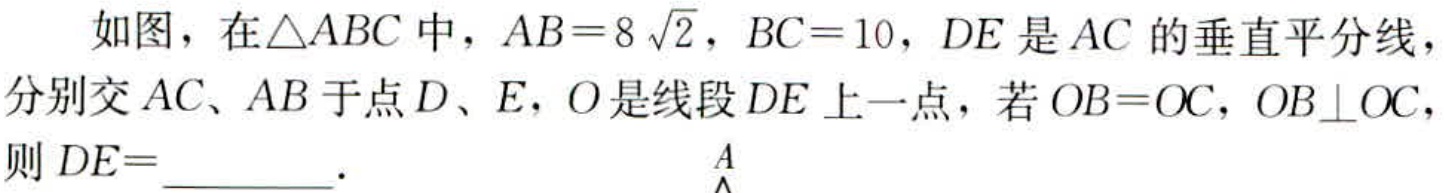
如图，在\(\triangle ABC\)中，\(AB = 8\sqrt{2}\)，\(BC = 10\)，\(DE\)是\(AC\)的垂直平分线，分别交\(AC\)、\(AB\)于点\(D\)、\(E\)，\(O\)是线段\(DE\)上一点，若\(OB = OC\)，\(OB\perp OC\)，则\(DE =\)  ．